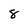
Character: 8